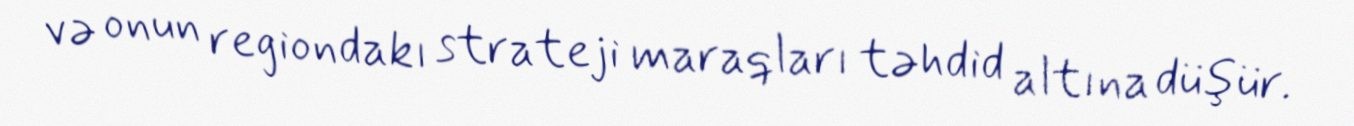
və onun regiondakı strateji maraqları təhdid altına düşür.